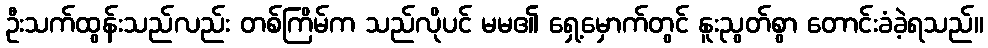
ဦးသက်ထွန်းသည်လည်း တစ်ကြိမ်က သည်လိုပင် မမ၏ ရှေ့မှောက်တွင် နူးညွတ်စွာ တောင်းခံခဲ့ရသည်။